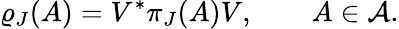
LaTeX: \varrho_{J}(A)=V^{*}\pi_{J}(A)V,\qquad A\in{\cal A}.